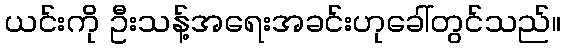
ယင်းကို ဦးသန့်အရေးအခင်းဟုခေါ်တွင်သည်။